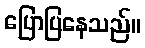
ပြောပြနေသည်။